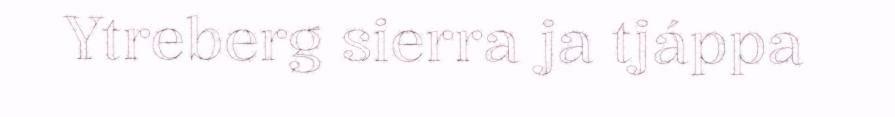
Ytreberg sierra ja tjáppa